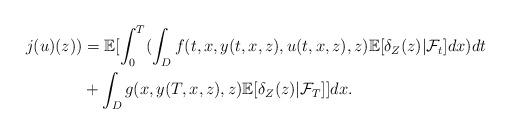
LaTeX: \begin{align*} j(u)(z))&=\mathbb{E}[\int_0^T(\int_D f(t, x,y(t,x,z),u(t,x,z),z)\mathbb{E}[\delta_Z(z)|\mathcal{F}_t]dx)dt \\ &+\int_Dg(x,y(T,x,z),z)\mathbb{E}[\delta_Z(z)|\mathcal{F}_T]]dx.\end{align*}